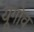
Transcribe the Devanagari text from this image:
यूगोव